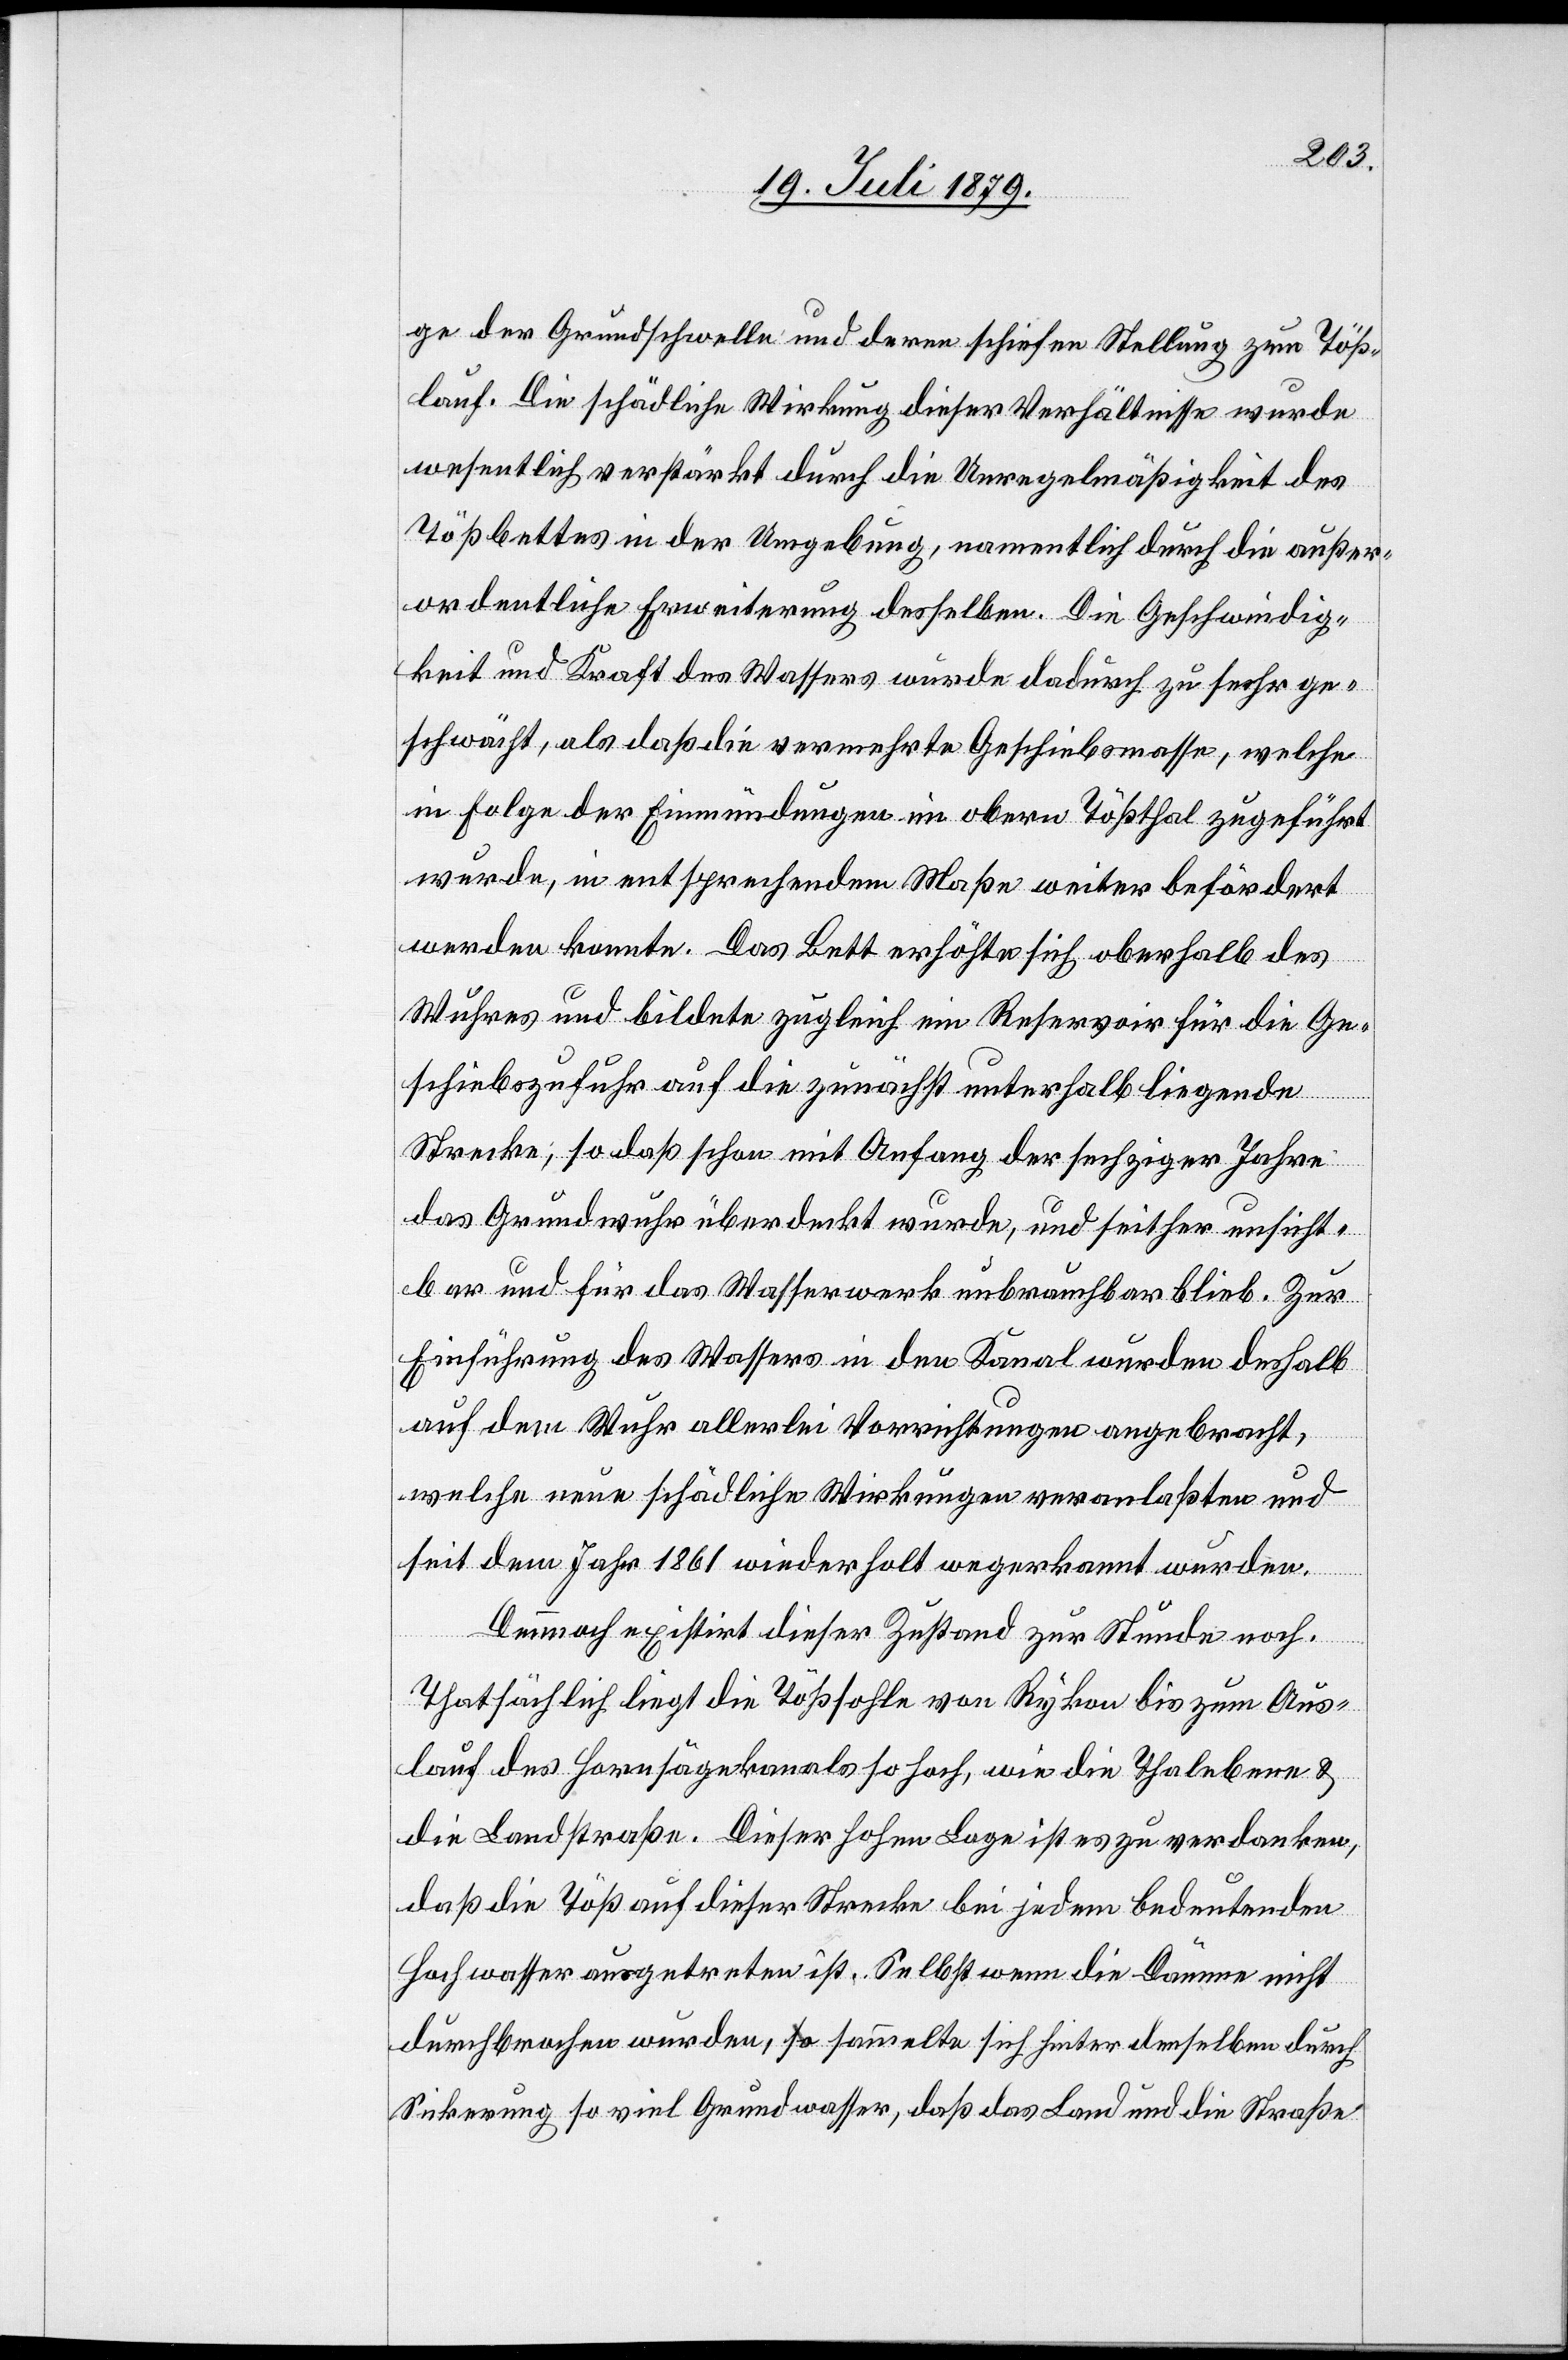
ge der Grundschwelle und deren schiefer Stellung zum Töß¬
lauf. Die schädliche Wirkung dieser Verhältnisse wurde
wesentlich verstärkt durch die Unregelmäßigkeit des
Tößbettes in der Umgebung, namentlich durch die außer¬
ordentliche Erweiterung desselben. Die Geschwindig¬
keit und Kraft des Wassers wurde dadurch zu sehr ge¬
schwächt, als daß die vermehrte Geschiebemasse, welche
in Folge der Einmündungen im obern Tößthal zugeführt
wurde, in entsprechendem Maße weiter befördert
werden konnte. Das Bett erhöhte sich oberhalb des
Wuhres und bildete zugleich ein Reservoir für die Ge¬
schiebszufuhr auf die zunächst unterhalb liegende
Strecke; so daß schon mit Anfang der sechziger Jahre
das Grundwuhr überdeckt wurde, und seither unsicht¬
bar und für das Wasserwerk unbrauchbar blieb. Zur
Einführung des Wassers in den Kanal wurden deshalb
auf dem Wuhr allerlei Vorrichtungen angebracht,
welche neue schädliche Wirkungen veranlassten und
seit dem Jahr 1861 wiederholt wegerkannt wurden.
Demnach existirt dieser Zustand zur Stunde noch.
Thatsächlich liegt die Tößsohle von Rykon bis zum Aus¬
lauf des Hornsägekanals so hoch, wie die Thalebene &
die Landstraße. Dieser hohen Lage ist es zu verdanken,
daß die Töß auf dieser Strecke bei jedem bedeutenden
Hochwasser ausgetreten ist. Selbst wenn die Dämme nicht
durchbrochen wurden, sammelte sich hinter denselben durch
Sickerung so viel Grundwasser, daß das Land und die Straße